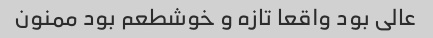
عالی بود واقعا تازه و خوشطعم بود ممنون